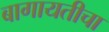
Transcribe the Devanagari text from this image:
बागायतीचा